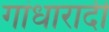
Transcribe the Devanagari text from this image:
गांधारादी